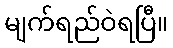
မျက်ရည်ဝဲရပြီ။